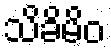
သိခိမိဝ